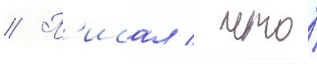
// П'исал / что́